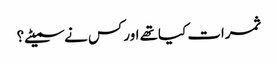
ثمرات کیاتھے اورکس نے سمیٹے؟